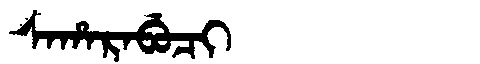
Manchu: ᠰᠠᡥᠠᡵᠠᠪᡠᠴᡳ
Romanization: SAHARABUCI